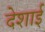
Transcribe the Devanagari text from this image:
देशाई